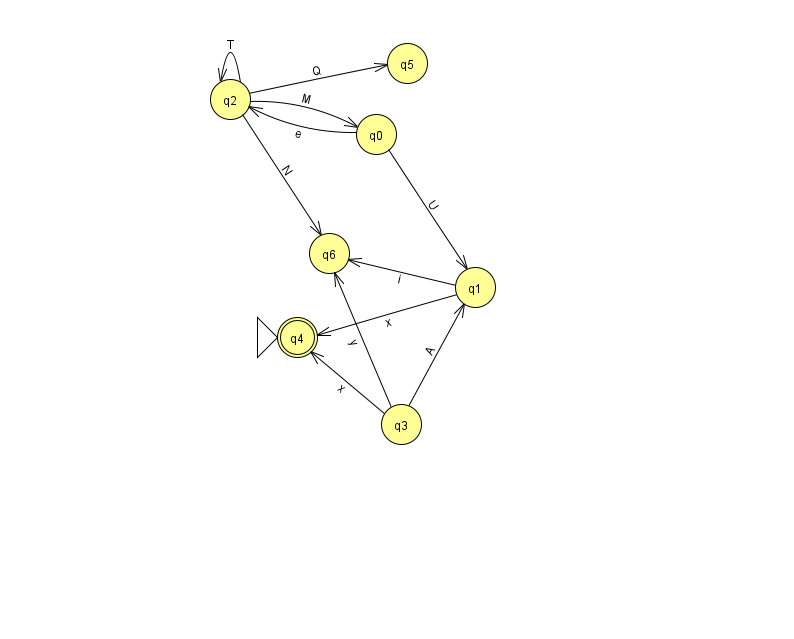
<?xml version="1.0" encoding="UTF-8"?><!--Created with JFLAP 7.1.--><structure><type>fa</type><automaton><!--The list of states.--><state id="0" name="q0"><x>376.0</x><y>121.0</y></state><state id="1" name="q1"><x>475.0</x><y>274.0</y></state><state id="2" name="q2"><x>230.0</x><y>86.0</y></state><state id="3" name="q3"><x>401.0</x><y>411.0</y></state><state id="4" name="q4"><x>297.0</x><y>324.0</y><initial/><final/></state><state id="5" name="q5"><x>407.0</x><y>50.0</y></state><state id="6" name="q6"><x>329.0</x><y>240.0</y></state><!--The list of transitions.--><transition><from>3</from><to>6</to><read>y</read></transition><transition><from>2</from><to>2</to><read>T</read></transition><transition><from>0</from><to>2</to><read>e</read></transition><transition><from>1</from><to>6</to><read>i</read></transition><transition><from>3</from><to>1</to><read>A</read></transition><transition><from>0</from><to>1</to><read>U</read></transition><transition><from>1</from><to>4</to><read>x</read></transition><transition><from>2</from><to>5</to><read>Q</read></transition><transition><from>2</from><to>0</to><read>M</read></transition><transition><from>3</from><to>4</to><read>x</read></transition><transition><from>2</from><to>6</to><read>N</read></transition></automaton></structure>